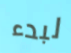
لبدء